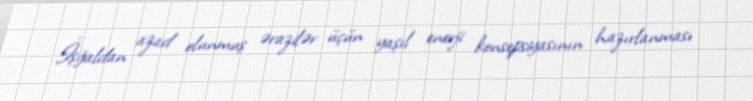
İşğaldan azad olunmuş ərazilər üçün yaşıl enerji konsepsiyasının hazırlanması